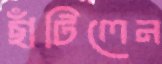
ছাঁটিলেন